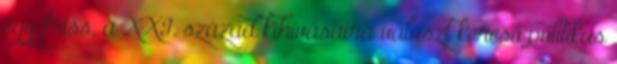
egy friss, a XXI. század kihívásaira választ kereső politikus